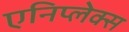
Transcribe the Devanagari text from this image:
एनिप्लेक्स